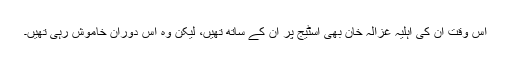
اس وقت ان کی اہلیہ غزالہ خان بھی اسٹیج پر ان کے ساتھ تھیں، لیکن وہ اس دوران خاموش رہی تھیں۔